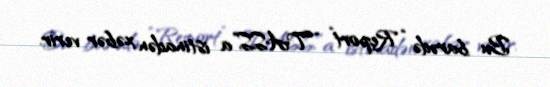
Bu barədə “Report” “TASS”a istinadən xəbər verir.